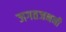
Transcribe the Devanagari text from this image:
जगतजननी